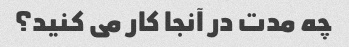
چه مدت در آنجا کار می کنید؟